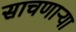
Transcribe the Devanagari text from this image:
साचणाऱ्या